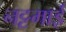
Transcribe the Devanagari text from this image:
नट्टमाई